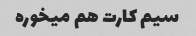
سیم کارت هم میخوره